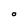
Character: O